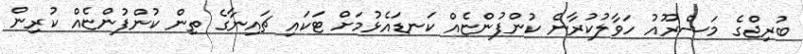
ބުރިޖްގެ މަޝްރޫއު ހަވާލުކުރާނެ ކުންފުންޏެއް ކަނޑައެޅުމަށް ޓަކައި ޗައިނާގެ ތިން ކުންފުންޏެއް ކުރިން